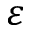
\varepsilon